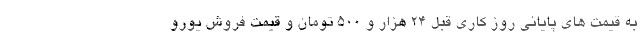
به قیمت های پایانی روز کاری قبل 24 هزار و 500 تومان و قیمت فروش یورو